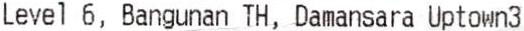
LEVEL 6, BANGUNAN TH, DAMANSARA UPTOWN3